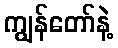
ကျွန်တော်နဲ့